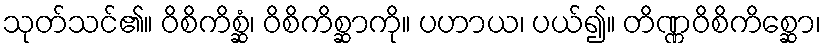
သုတ်သင်၏။ ဝိစိကိစ္ဆံ၊ ဝိစိကိစ္ဆာကို။ ပဟာယ၊ ပယ်၍။ တိဏ္ဏဝိစိကိစ္ဆော၊